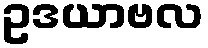
ဥဒယာဗလ